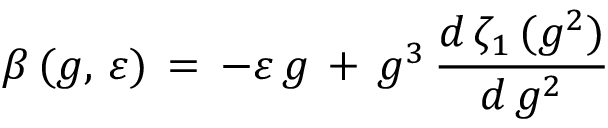
\beta \, ( g , \, \varepsilon ) \, = \, - \varepsilon \, g \, + \, g ^ { 3 } \, \frac { d \, \zeta _ { 1 } \, ( g ^ { 2 } ) } { d \, g ^ { 2 } }